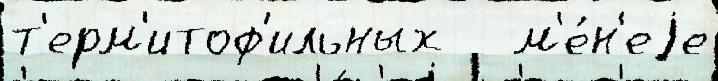
т'ерм'итоф'ильных   м'е́н'еjе